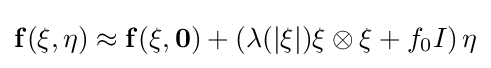
{\bf {f}}({\bf {\xi }},{\bf {\eta }})\approx {\bf {f}}({\bf {\xi }},{\bf {0}})+\left(\lambda (|{\bf {\xi }}|){\bf {\xi }}\otimes {\bf {\xi }}+f_{0}I\right){\bf {\eta }}